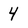
Character: 4